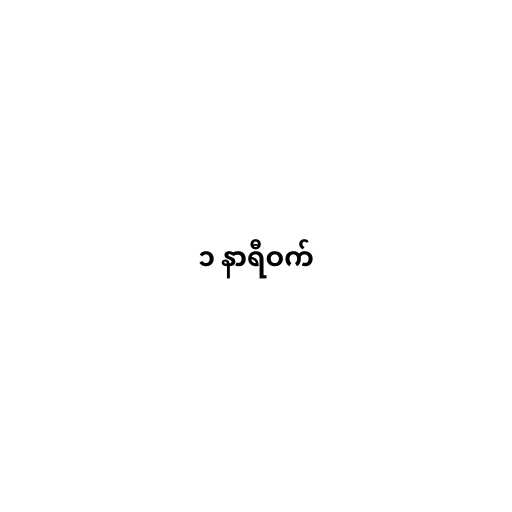
၁ နာရီဝက်